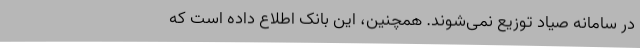
در سامانه صیاد توزیع نمی‌شوند. همچنین، این بانک اطلاع داده است که